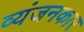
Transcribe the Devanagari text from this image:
व्यंजनकार